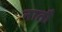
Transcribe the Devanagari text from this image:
नातौ